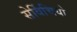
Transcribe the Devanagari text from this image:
सेर्विचियो